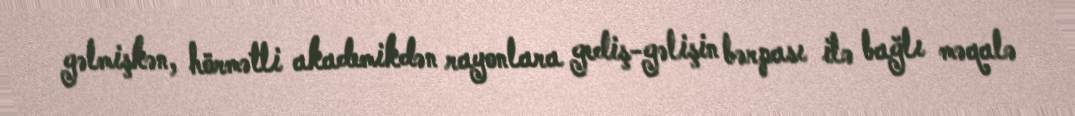
gəlmişkən, hörmətli akademikdən rayonlara gediş-gəlişin bərpası ilə bağlı məqalə